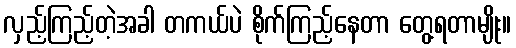
လှည့်ကြည့်တဲ့အခါ တကယ်ပဲ စိုက်ကြည့်နေတာ တွေ့ရတာမျိုး။